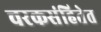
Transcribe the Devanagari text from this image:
चरकसंहितेत